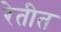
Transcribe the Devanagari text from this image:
रेतीत